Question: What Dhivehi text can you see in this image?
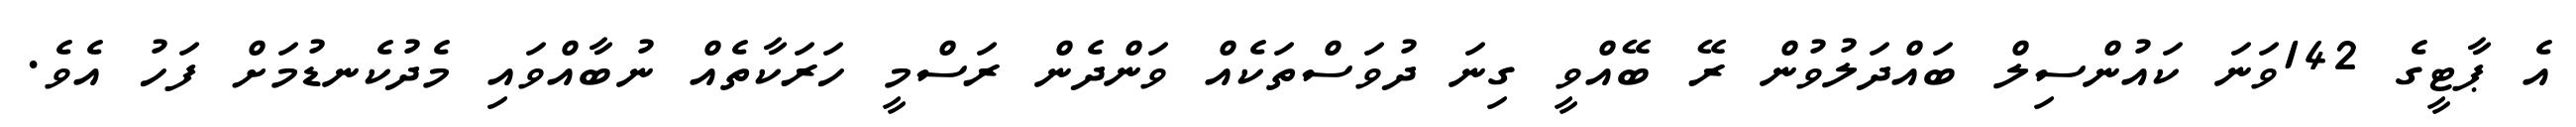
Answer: އެ ޕާޓީގެ 142ވަނަ ކައުންސިލް ބައްދަލުވުން ރޭ ބޭއްވީ ގިނަ ދުވަސްތަކެއް ވަންދެން ރަސްމީ ހަރަކާތެއް ނުބާއްވައި މެދުކެނޑުމަށް ފަހު އެވެ.